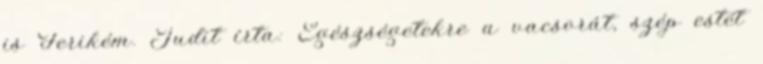
is Ferikém. Judit írta: Egészségetekre a vacsorát, szép estét